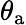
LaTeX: \theta_{\mathrm{a}}